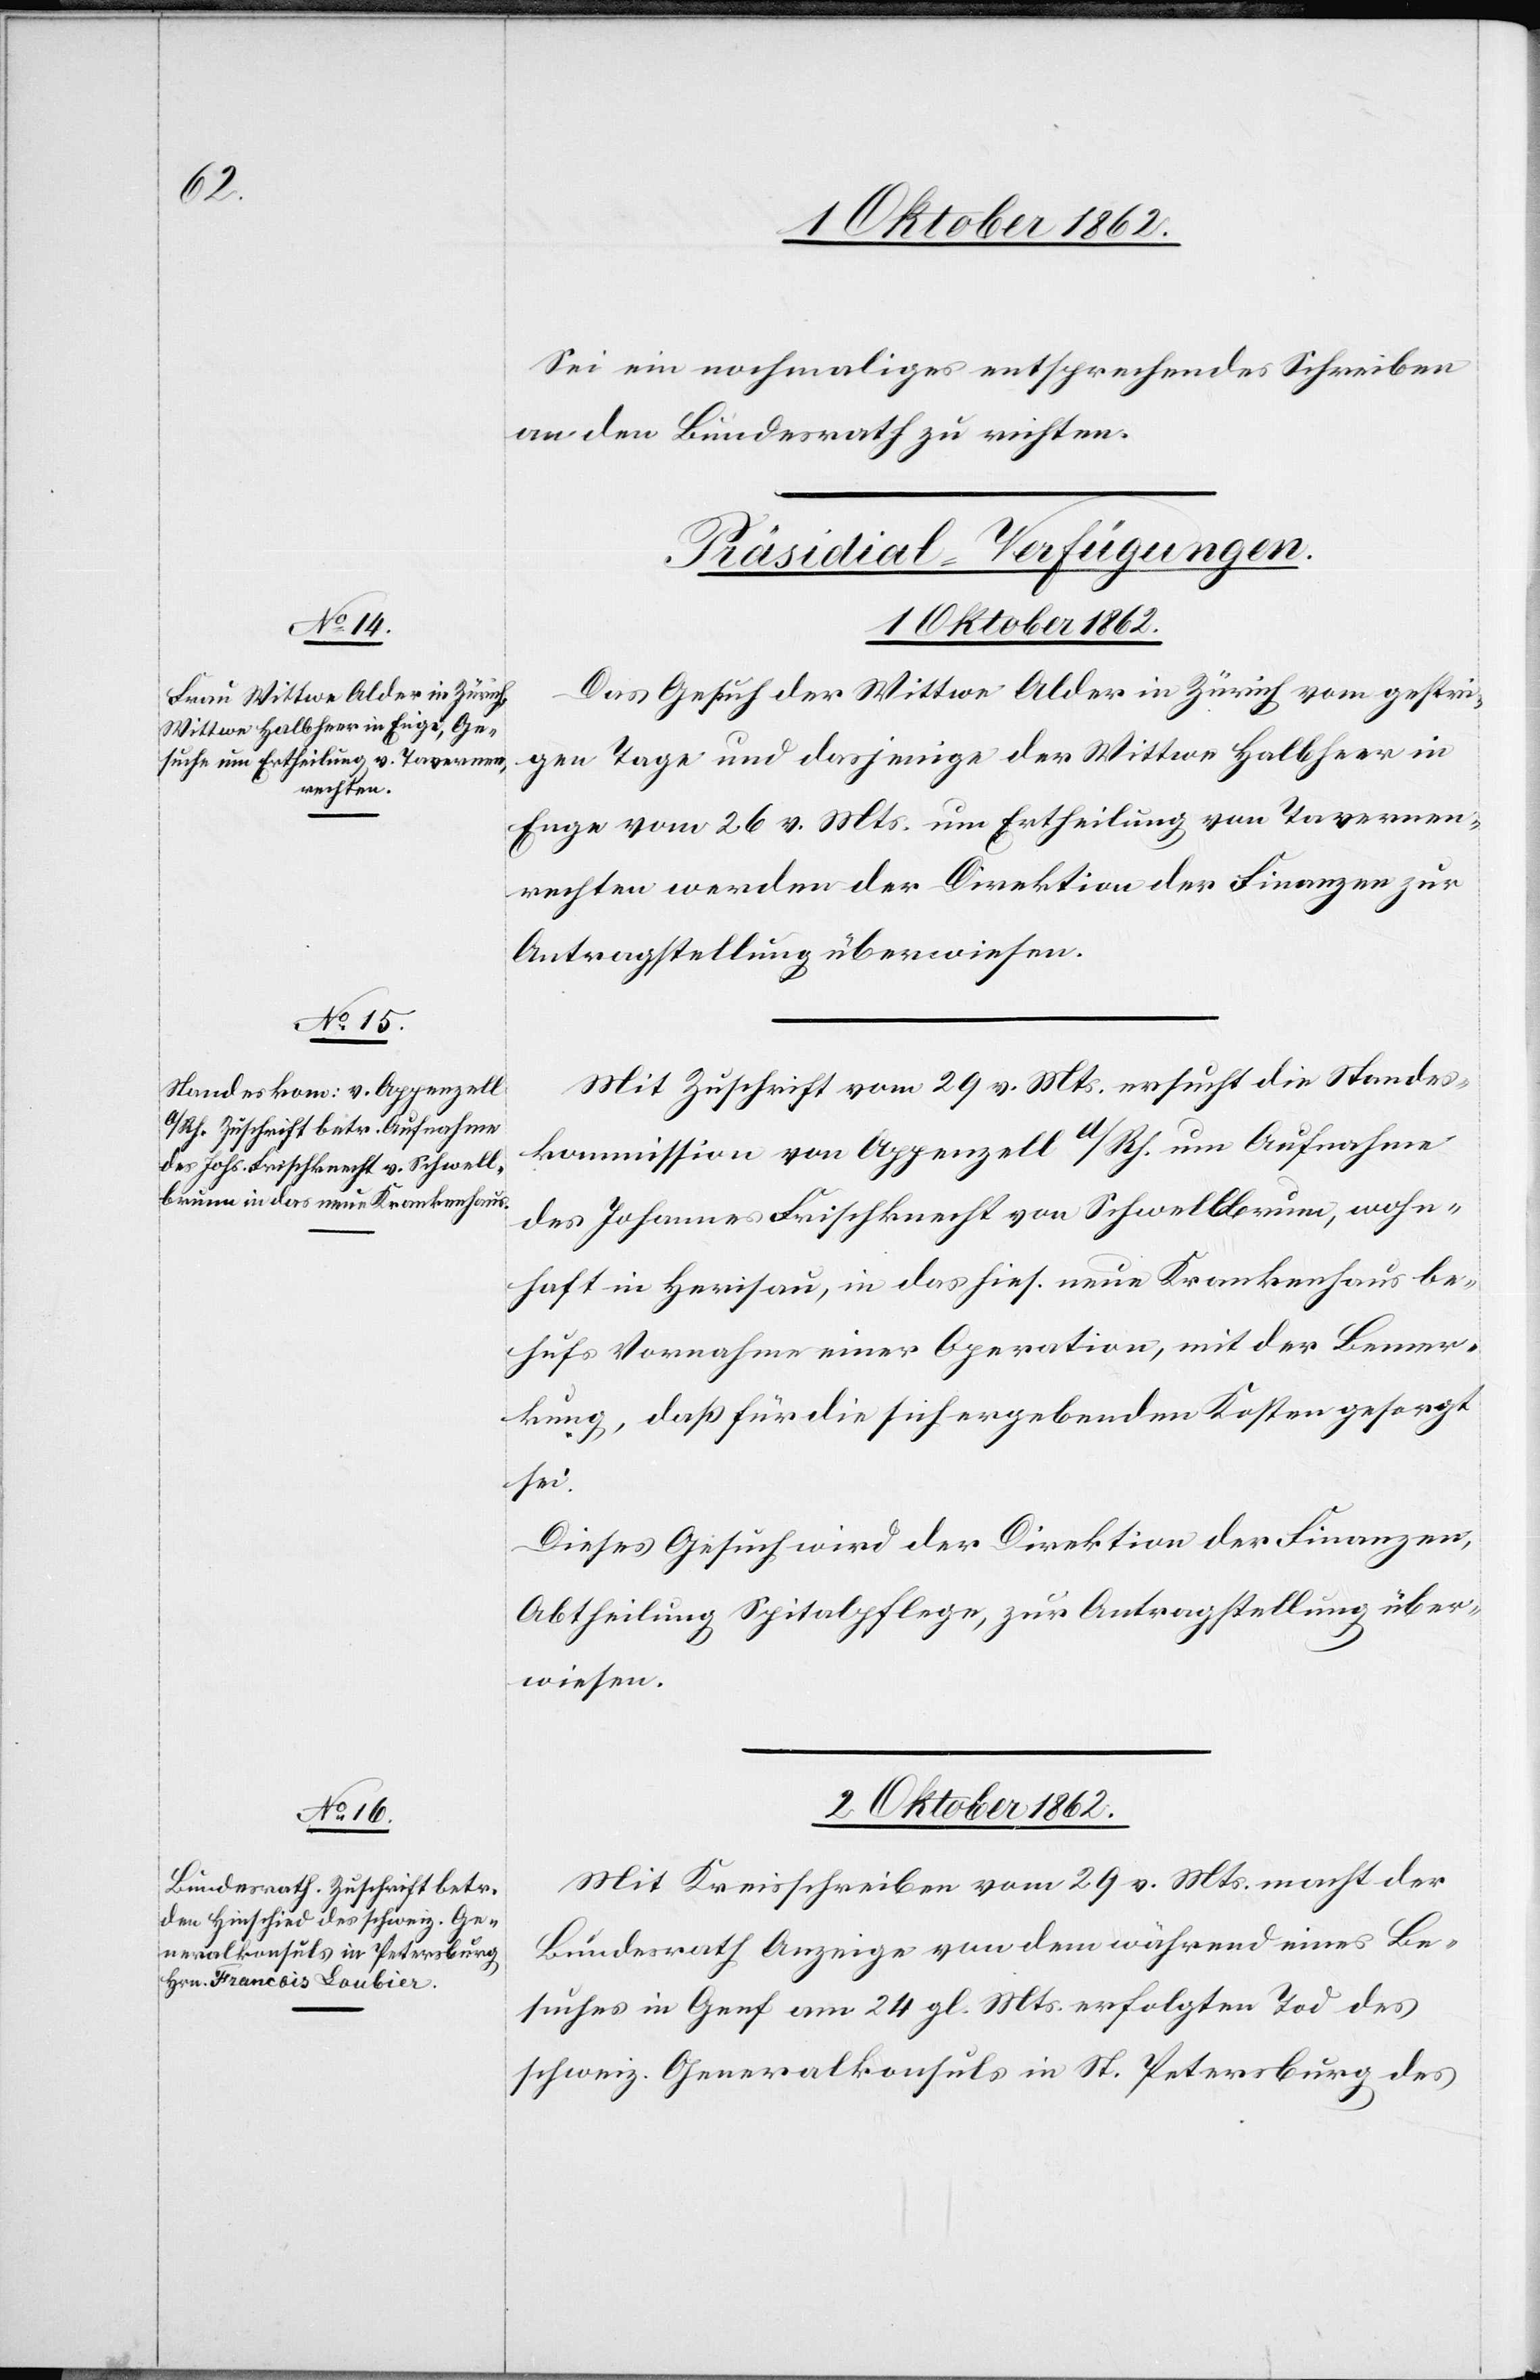
1. Oktober 1862.]
Sei ein nochmaliges entsprechendes Schreiben
an den Bundesrath zu richten.
[Präsidial-Verfügungen.]
Das Gesuch der Wittwe Alder in Zürich vom gestri¬
gen Tage und dasjenige der Wittwe Halbheer in
Enge vom 26. v. Mts. um Ertheilung von Tavernen¬
rechten werden der Direktion der Finanzen zur
Antragstellung überwiesen.
Mit Zuschrift vom 29. v. Mts. ersucht die Standes¬
kommission von Appenzell A/Rh. um Aufnahme
des Johannes Frischknecht von Schwellbrunn, wohn¬
haft in Herisau, in das hies. neue Krankenhaus be¬
hufs Vornahme einer Operation, mit der Bemer¬
kung, daß für die sich ergebenden Kosten gesorgt
sei.
Dieses Gesuch wird der Direktion der Finanzen,
Abtheilung Spitalpflege, zur Antragstellung über¬
wiesen.
2. Oktober 1862.
Mit Kreisschreiben vom 29. v. Mts. macht der
Bundesrath Anzeige von dem während eines Be¬
suches in Genf am 24. gl. Mts. erfolgten Tod des
schweiz. Generalkonsuls in St. Petersburg des